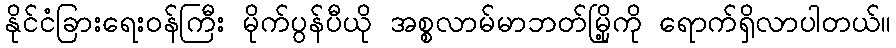
နိုင်ငံခြားရေးဝန်ကြီး မိုက်ပွန်ပီယို အစ္စလာမ်မာဘတ်မြို့ကို ရောက်ရှိလာပါတယ်။